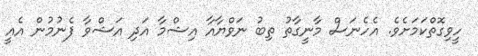
ހީވިގޮތްކަމަށެވެ. އެހެނަސް މާނީގާތު ތިބު ނަވްޔާއާ އިޝްމާ އަދި އަޝްވާ ފެނުމުން އެއީ